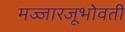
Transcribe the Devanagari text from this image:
मज्जारजूभोवती